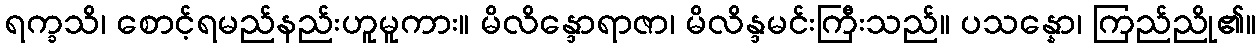
ရက္ခသိ၊ စောင့်ရမည်နည်းဟူမူကား။ မိလိန္ဒောရာဇာ၊ မိလိန္ဒမင်းကြီးသည်။ ပသန္နော၊ ကြည်ညို၏။